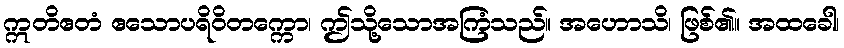
ဣတိဧတံ ဧသောပရိဝိတက္ကော၊ ဤသို့သောအကြံသည်။ အဟောသိ၊ ဖြစ်၏။ အထခေါ၊